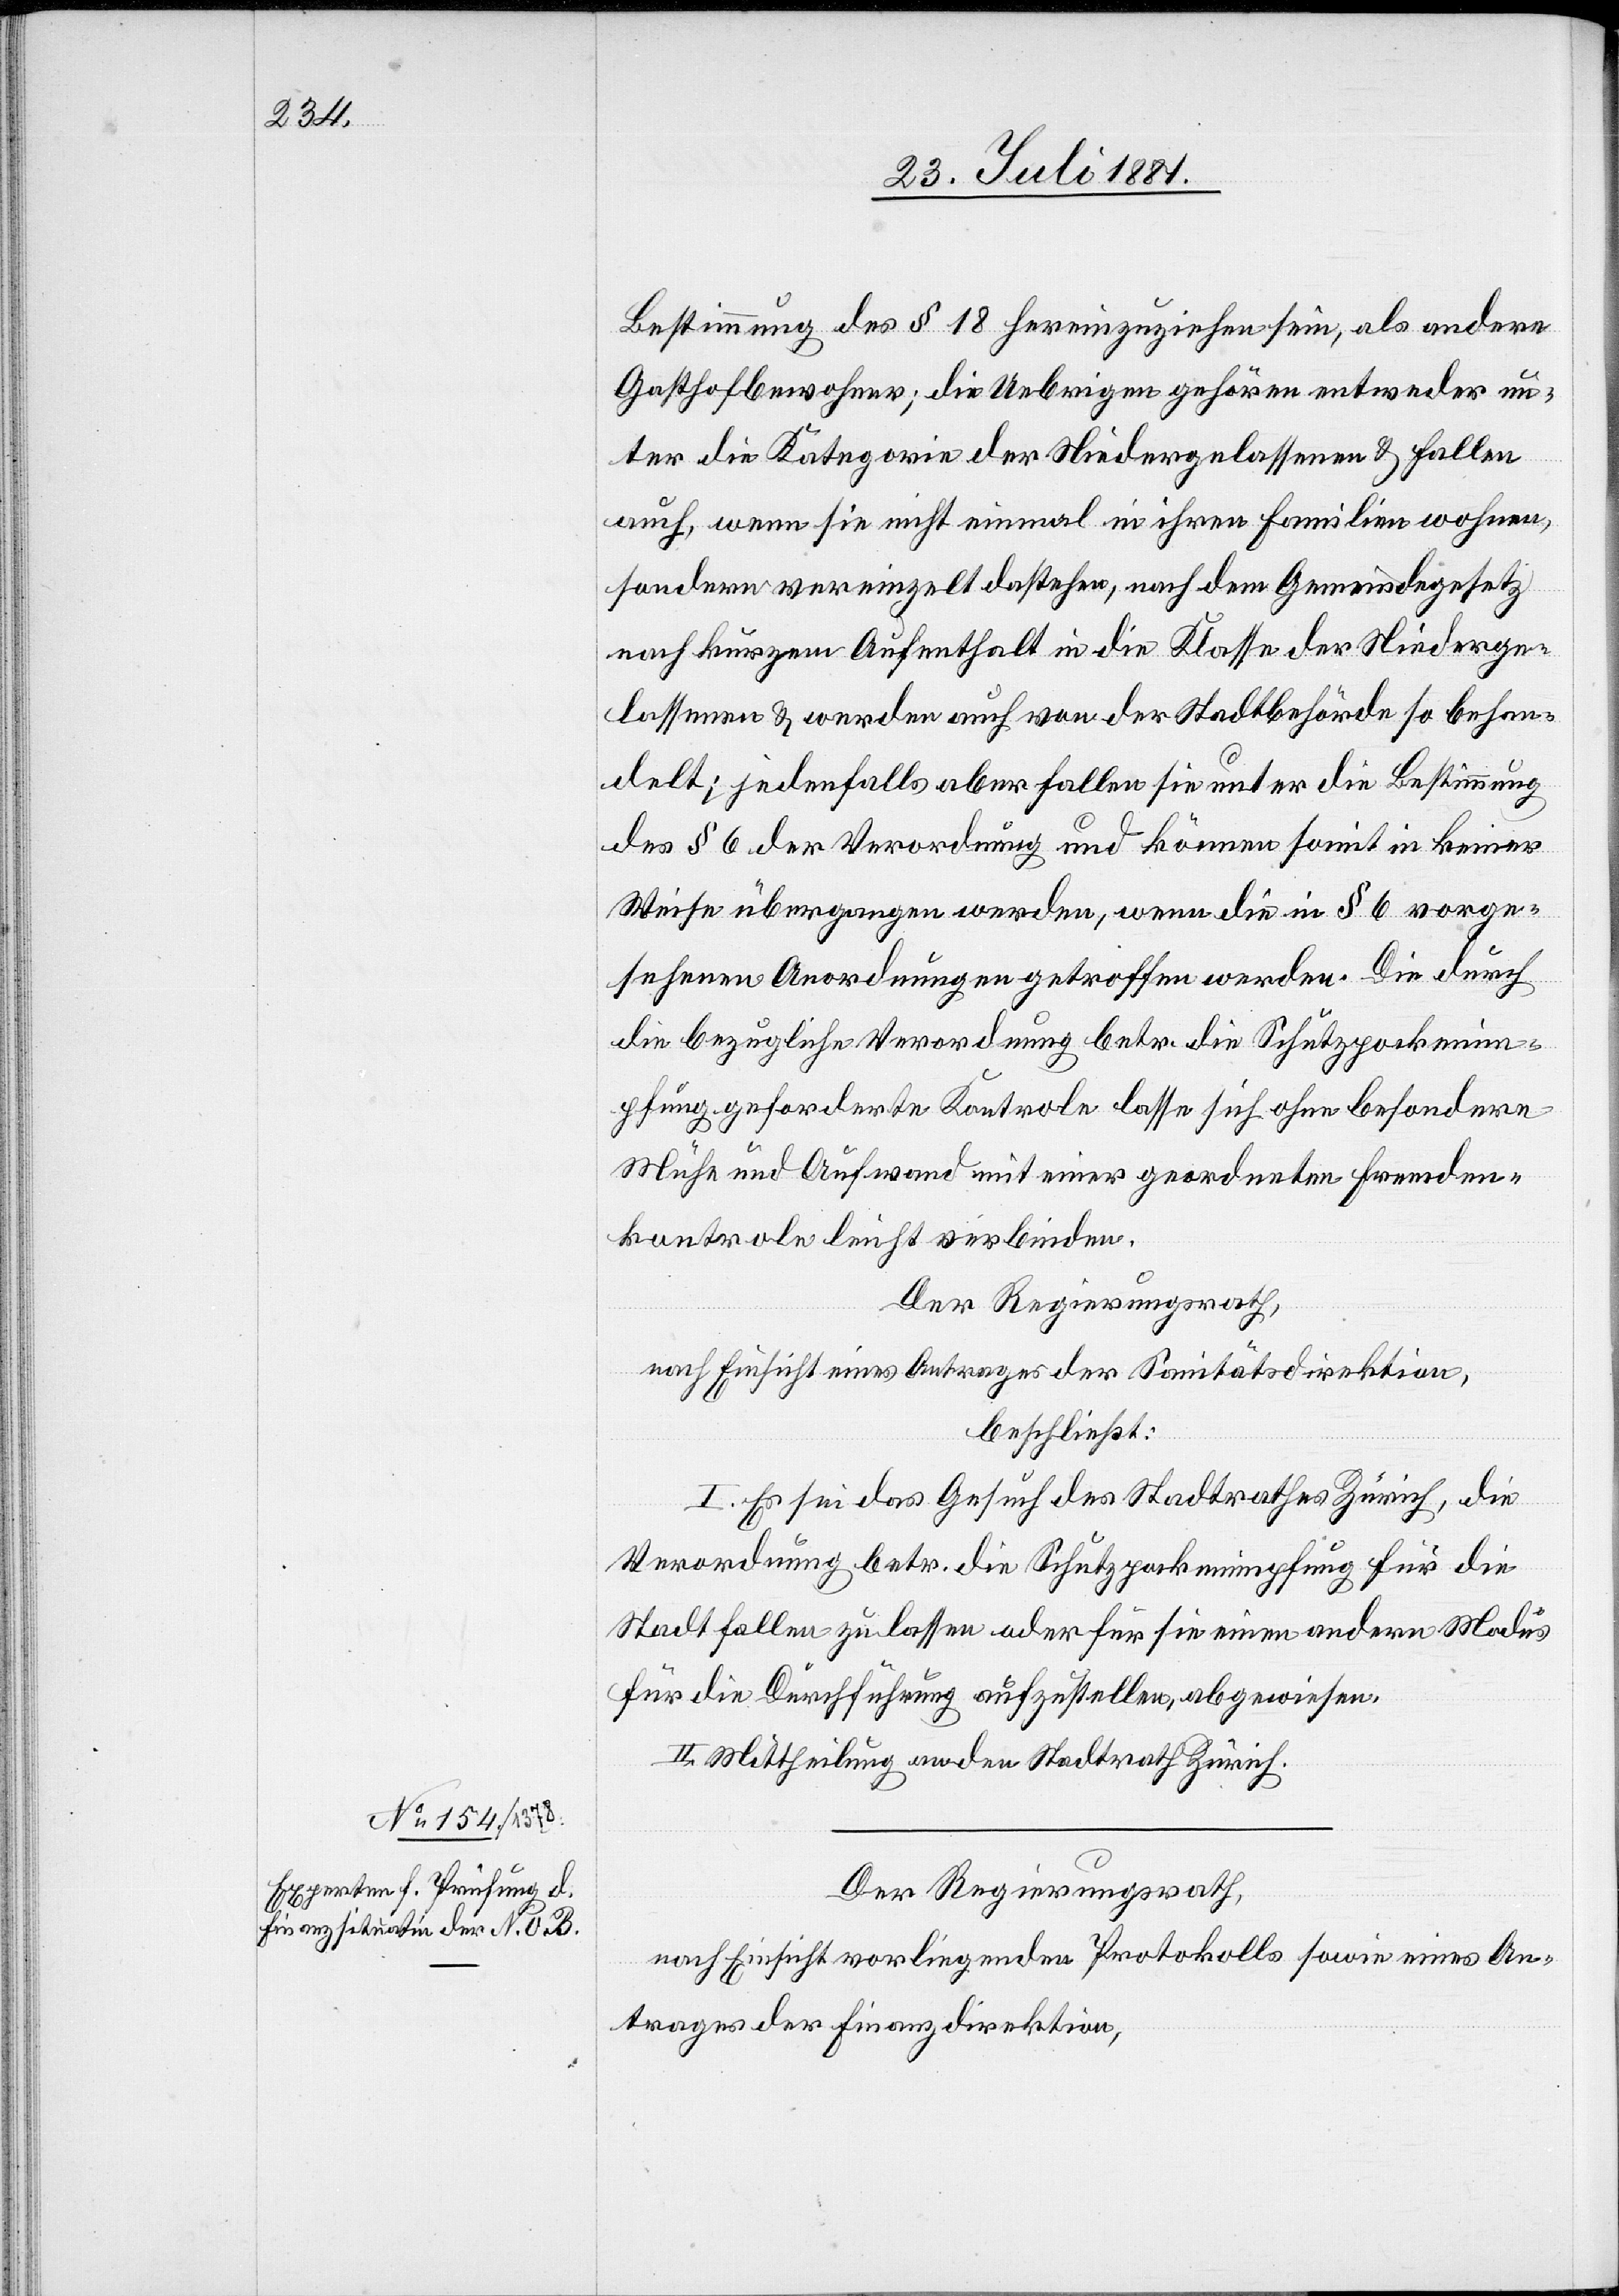
Der Regierungsrath,
nach Einsicht vorliegendes Protokolls sowie eines An¬
trages der Finanzdirektion,